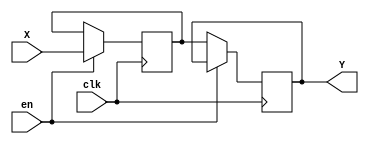
module regm(input clk, en, input [15:0]X, output [15:0]Y);

// Register file storage
reg [15:0] register;

// Read and write from register file
always @(posedge clk) begin
    if (en)
        register <= X;
    else
        Y <= register;
end

endmodule